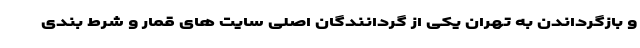
و بازگرداندن به تهران یکی از گردانندگان اصلی سایت های قمار و شرط بندی